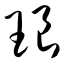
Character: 琅